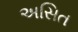
અસિત